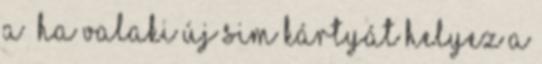
a Ha valaki új SIM kártyát helyez a